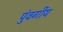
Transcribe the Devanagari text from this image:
पुंवर्गीय